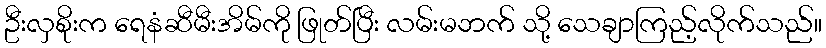
ဦးလှစိုးက ရေနံဆီမီးအိမ်ကို ဖြုတ်ပြီး လမ်းမဘက် သို့ သေချာကြည့်လိုက်သည်။